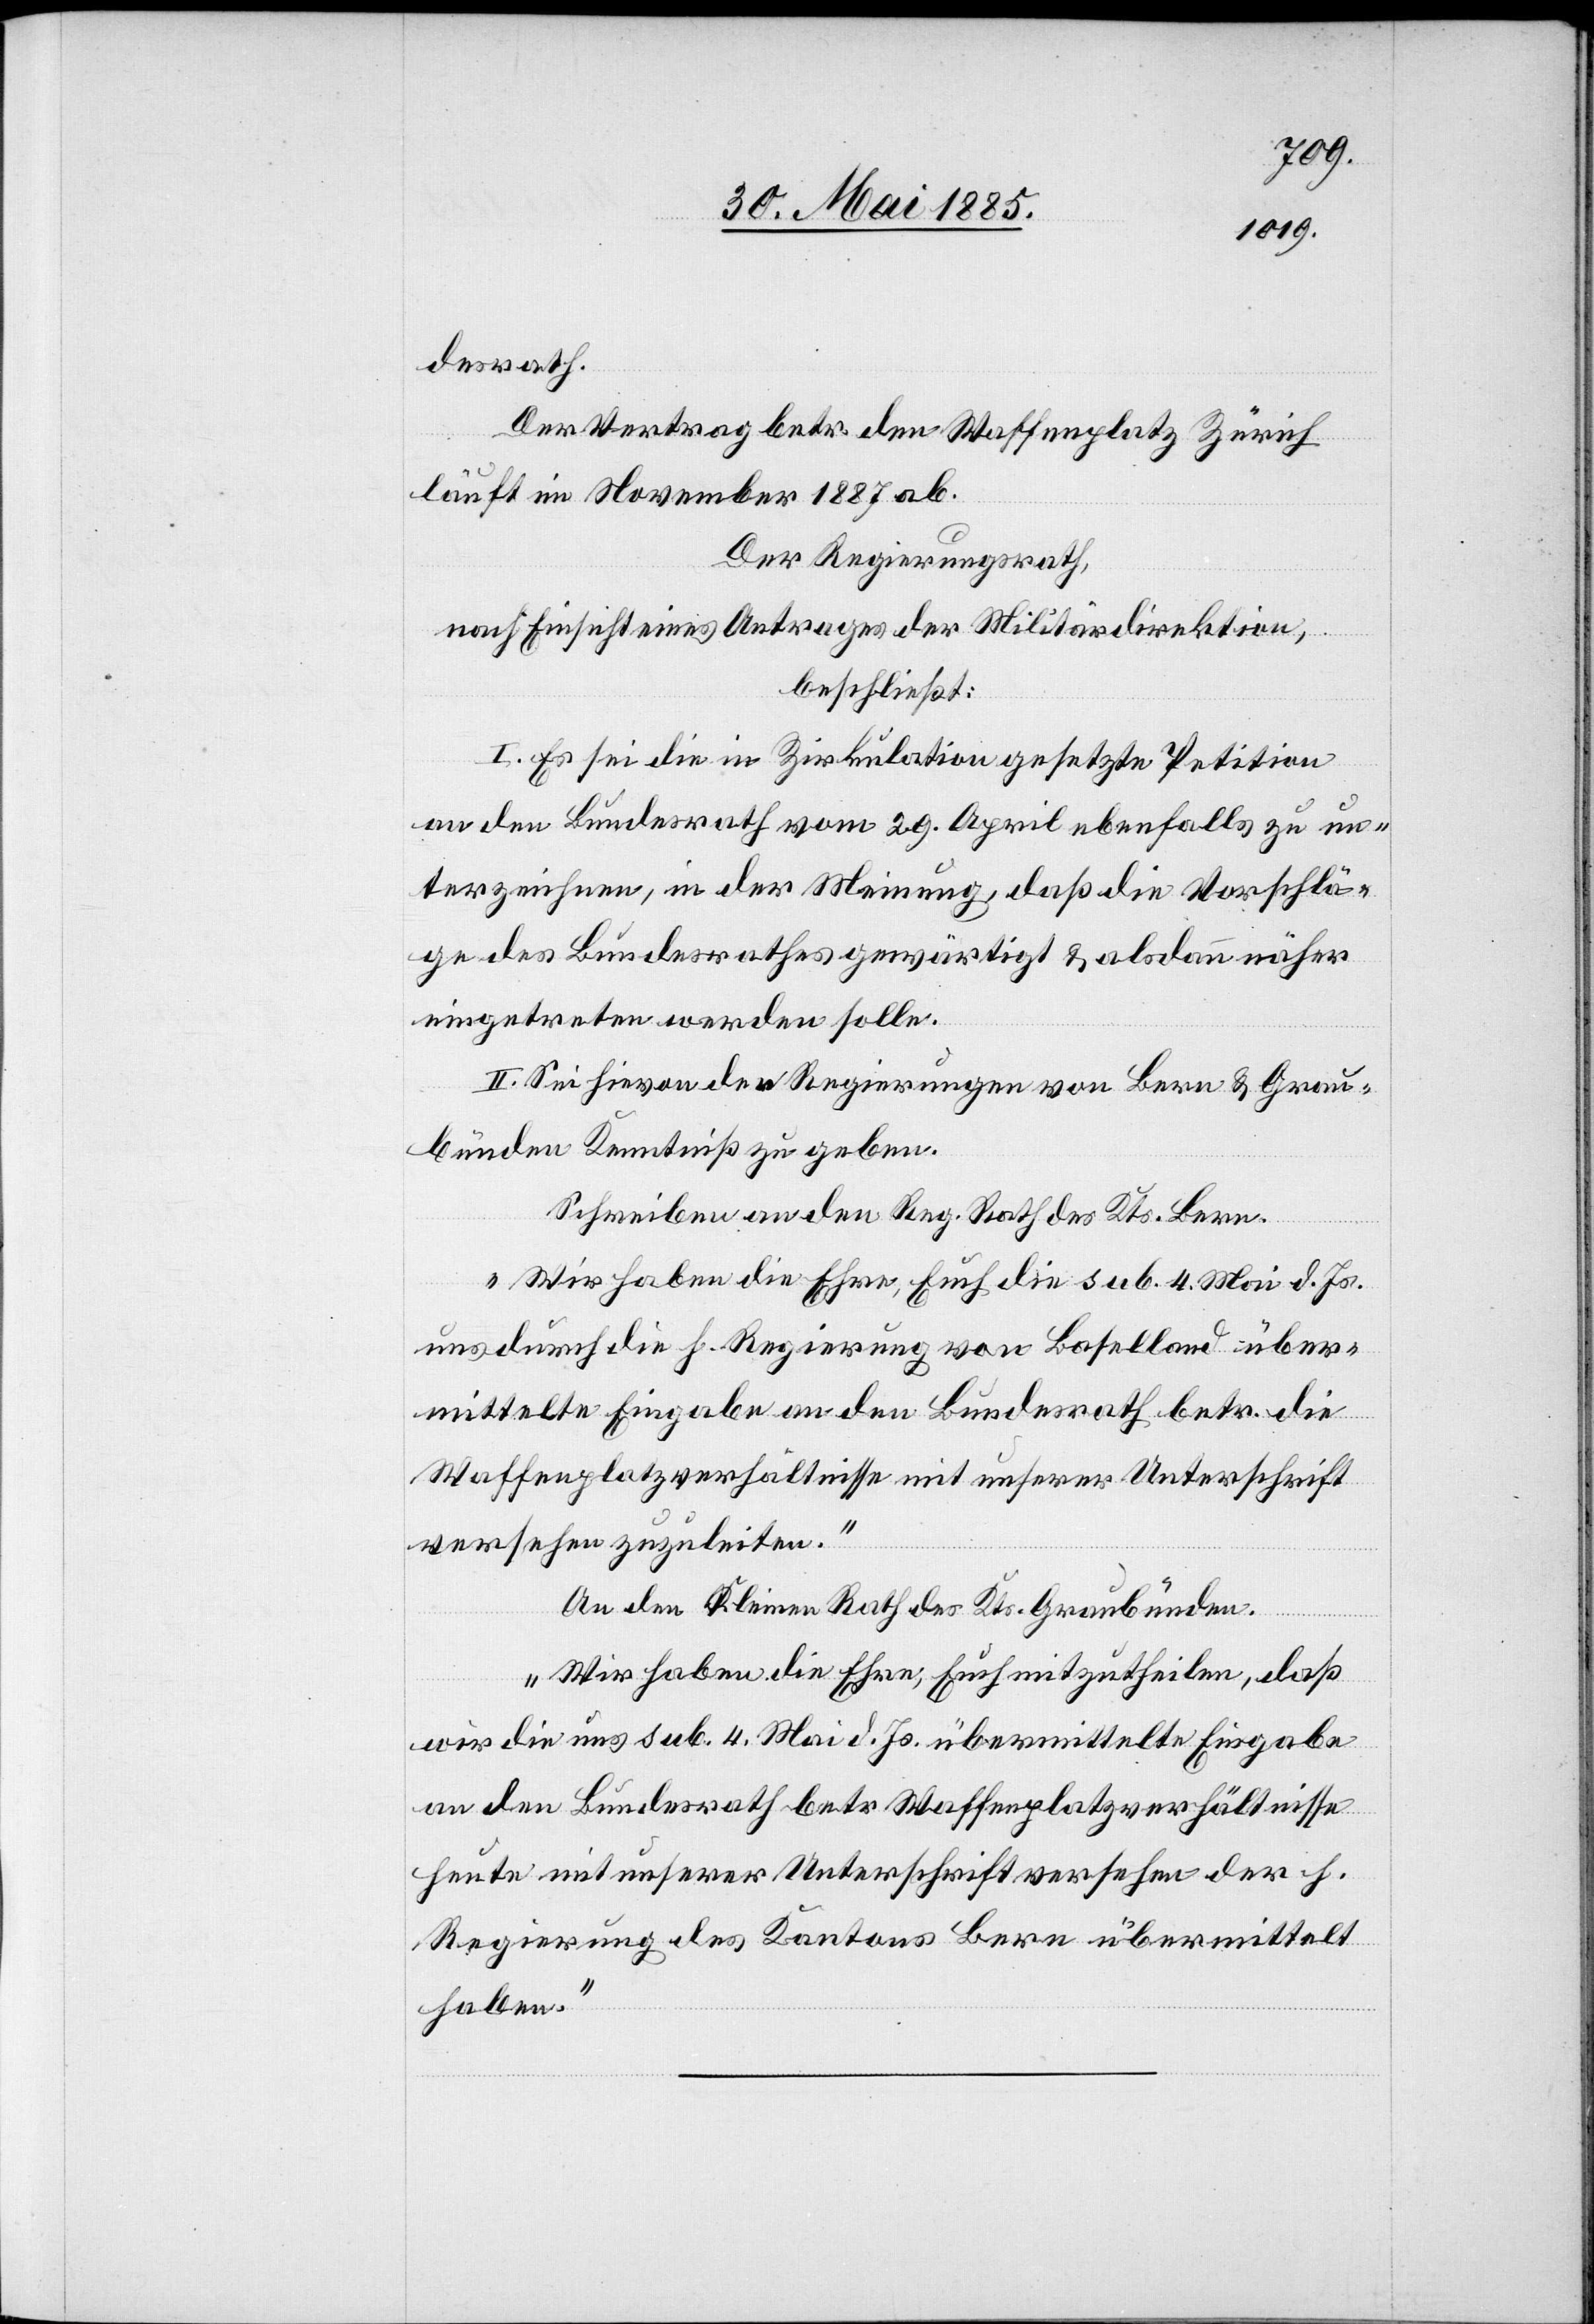
desrath.
Der Vertrag betr. den Waffenplatz Zürich
läuft im November 1887 ab.
Der Regierungsrath,
nach Einsicht eines Antrages der Militärdirektion,
beschließt:
I. Es sei die in Zirkulation gesetzte Petition
an den Bundesrath vom 29. April ebenfalls zu un¬
terzeichnen, in der Meinung, daß die Vorschlä¬
ge des Bundesrathes gewärtigt, & alsdann näher
eingetreten werden solle.
II. Sei hievon den Regierungen von Bern & Grau¬
bünden Kenntniß zu geben.
Schreiben an den Reg. Rath des Kts. Bern.
„Wir haben die Ehre, Euch die sub. 4. Mai d. Js.
uns durch die h. Regierung von Baselland über¬
mittelte Eingabe an den Bundesrath betr. die
Waffenplatzverhältnisse mit unserer Unterschrift
versehen zuzuleiten.“
An den Kleinen Rath des Kts. Graubünden.
„Wir haben die Ehre, Euch mitzutheilen, daß
wir die uns sub. 4. Mai d. Js. übermittelte Eingabe
an den Bundesrath betr. Waffenplatzverhältnisse
heute mit unserer Unterschrift versehen der h.
Regierung des Kantons Bern übermittelt
haben.“